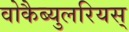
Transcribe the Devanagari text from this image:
वोकैब्युलरियस्